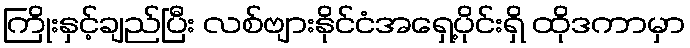
ကြိုးနှင့်ချည်ပြီး လစ်ဗျားနိုင်ငံအရှေ့ပိုင်းရှိ ထိုဒကာမှာ